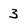
Character: 3